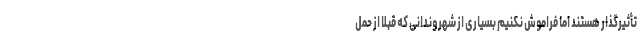
تأثیرگذار هستند اما فراموش نکنیم بسیاری از شهروندانی که قبلاً از حمل